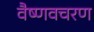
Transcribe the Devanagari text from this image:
वैष्णवचरण